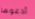
أدعوها